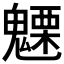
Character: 𮫦